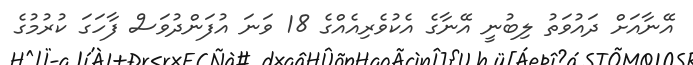
އޭނާއަށް ދައުވަތު ލިބުނީ އޭނާގެ އެކުވެރިއެއްގެ 18 ވަނަ އުފަންދުވަސް ފާހަގަ ކުރުމުގެ